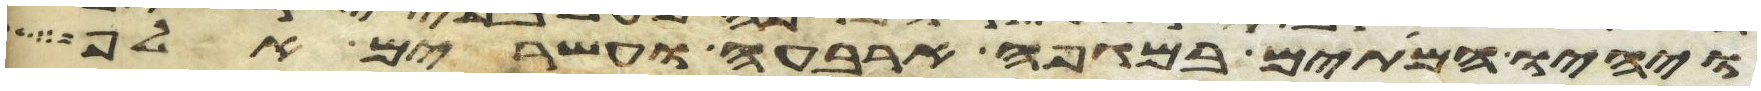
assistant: ויהיו המיתים במגפה ארבעה ועשרים אלף